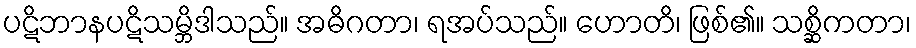
ပဋိဘာနပဋိသမ္ဘိဒါသည်။ အဓိဂတာ၊ ရအပ်သည်။ ဟောတိ၊ ဖြစ်၏။ သစ္ဆိကတာ၊